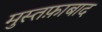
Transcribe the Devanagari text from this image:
मुस्तफ़ाबाद